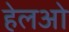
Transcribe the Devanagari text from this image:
हेलओ